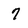
Character: 7